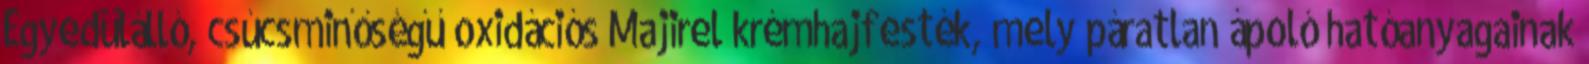
Egyedülálló, csúcsminőségű oxidációs Majirel krémhajfesték, mely páratlan ápoló hatóanyagainak